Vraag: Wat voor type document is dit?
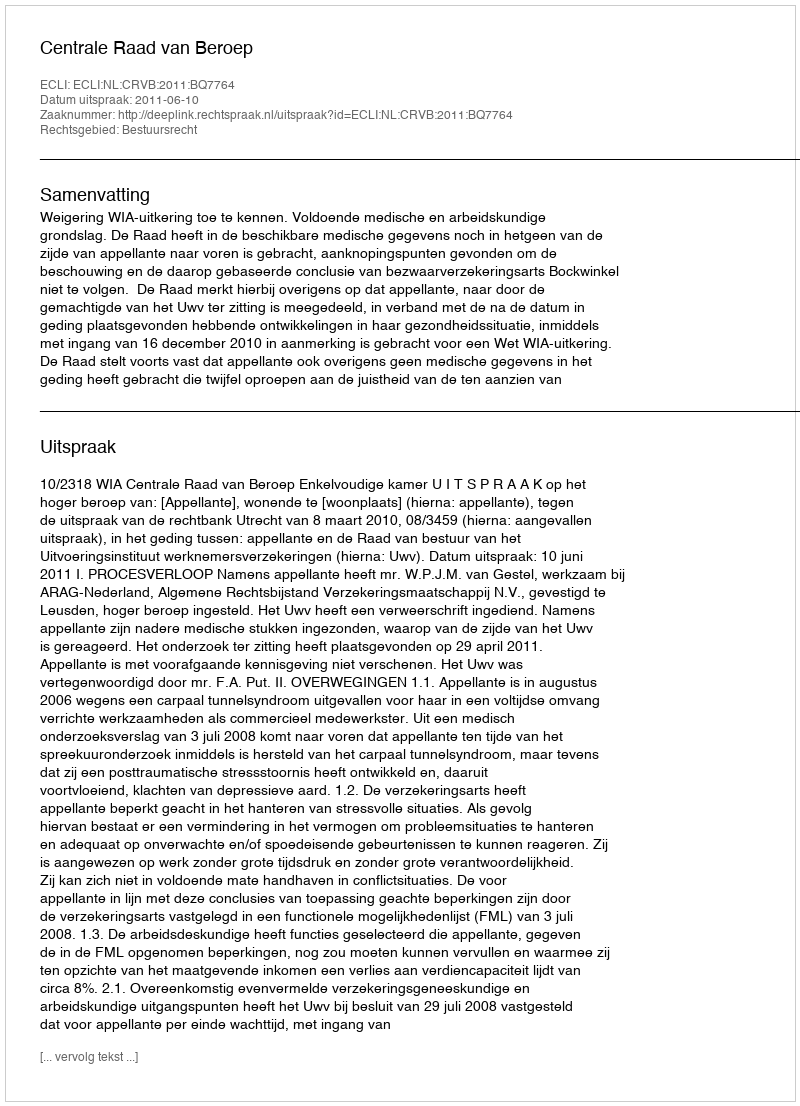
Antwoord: Uitspraak